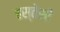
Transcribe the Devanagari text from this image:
हस्तेसी